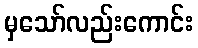
မှသော်လည်းကောင်း